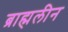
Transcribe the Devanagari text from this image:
ब्राह्मलीन